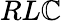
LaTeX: RL\mathbb{C}